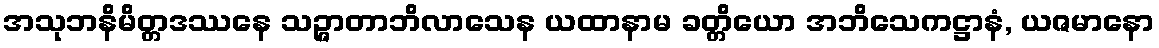
အသုဘနိမိတ္တဒဿနေ သဉ္ဇာတာဘိလာသေန ယထာနာမ ခတ္တိယော အဘိသေကဋ္ဌာနံ, ယဇမာနော